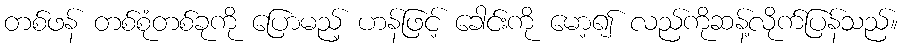
တစ်ဖန် တစ်စုံတစ်ခုကို ပြောမည့် ဟန်ဖြင့် ခေါင်းကို မော့၍ လည်ကိုဆန့်လိုက်ပြန်သည်။